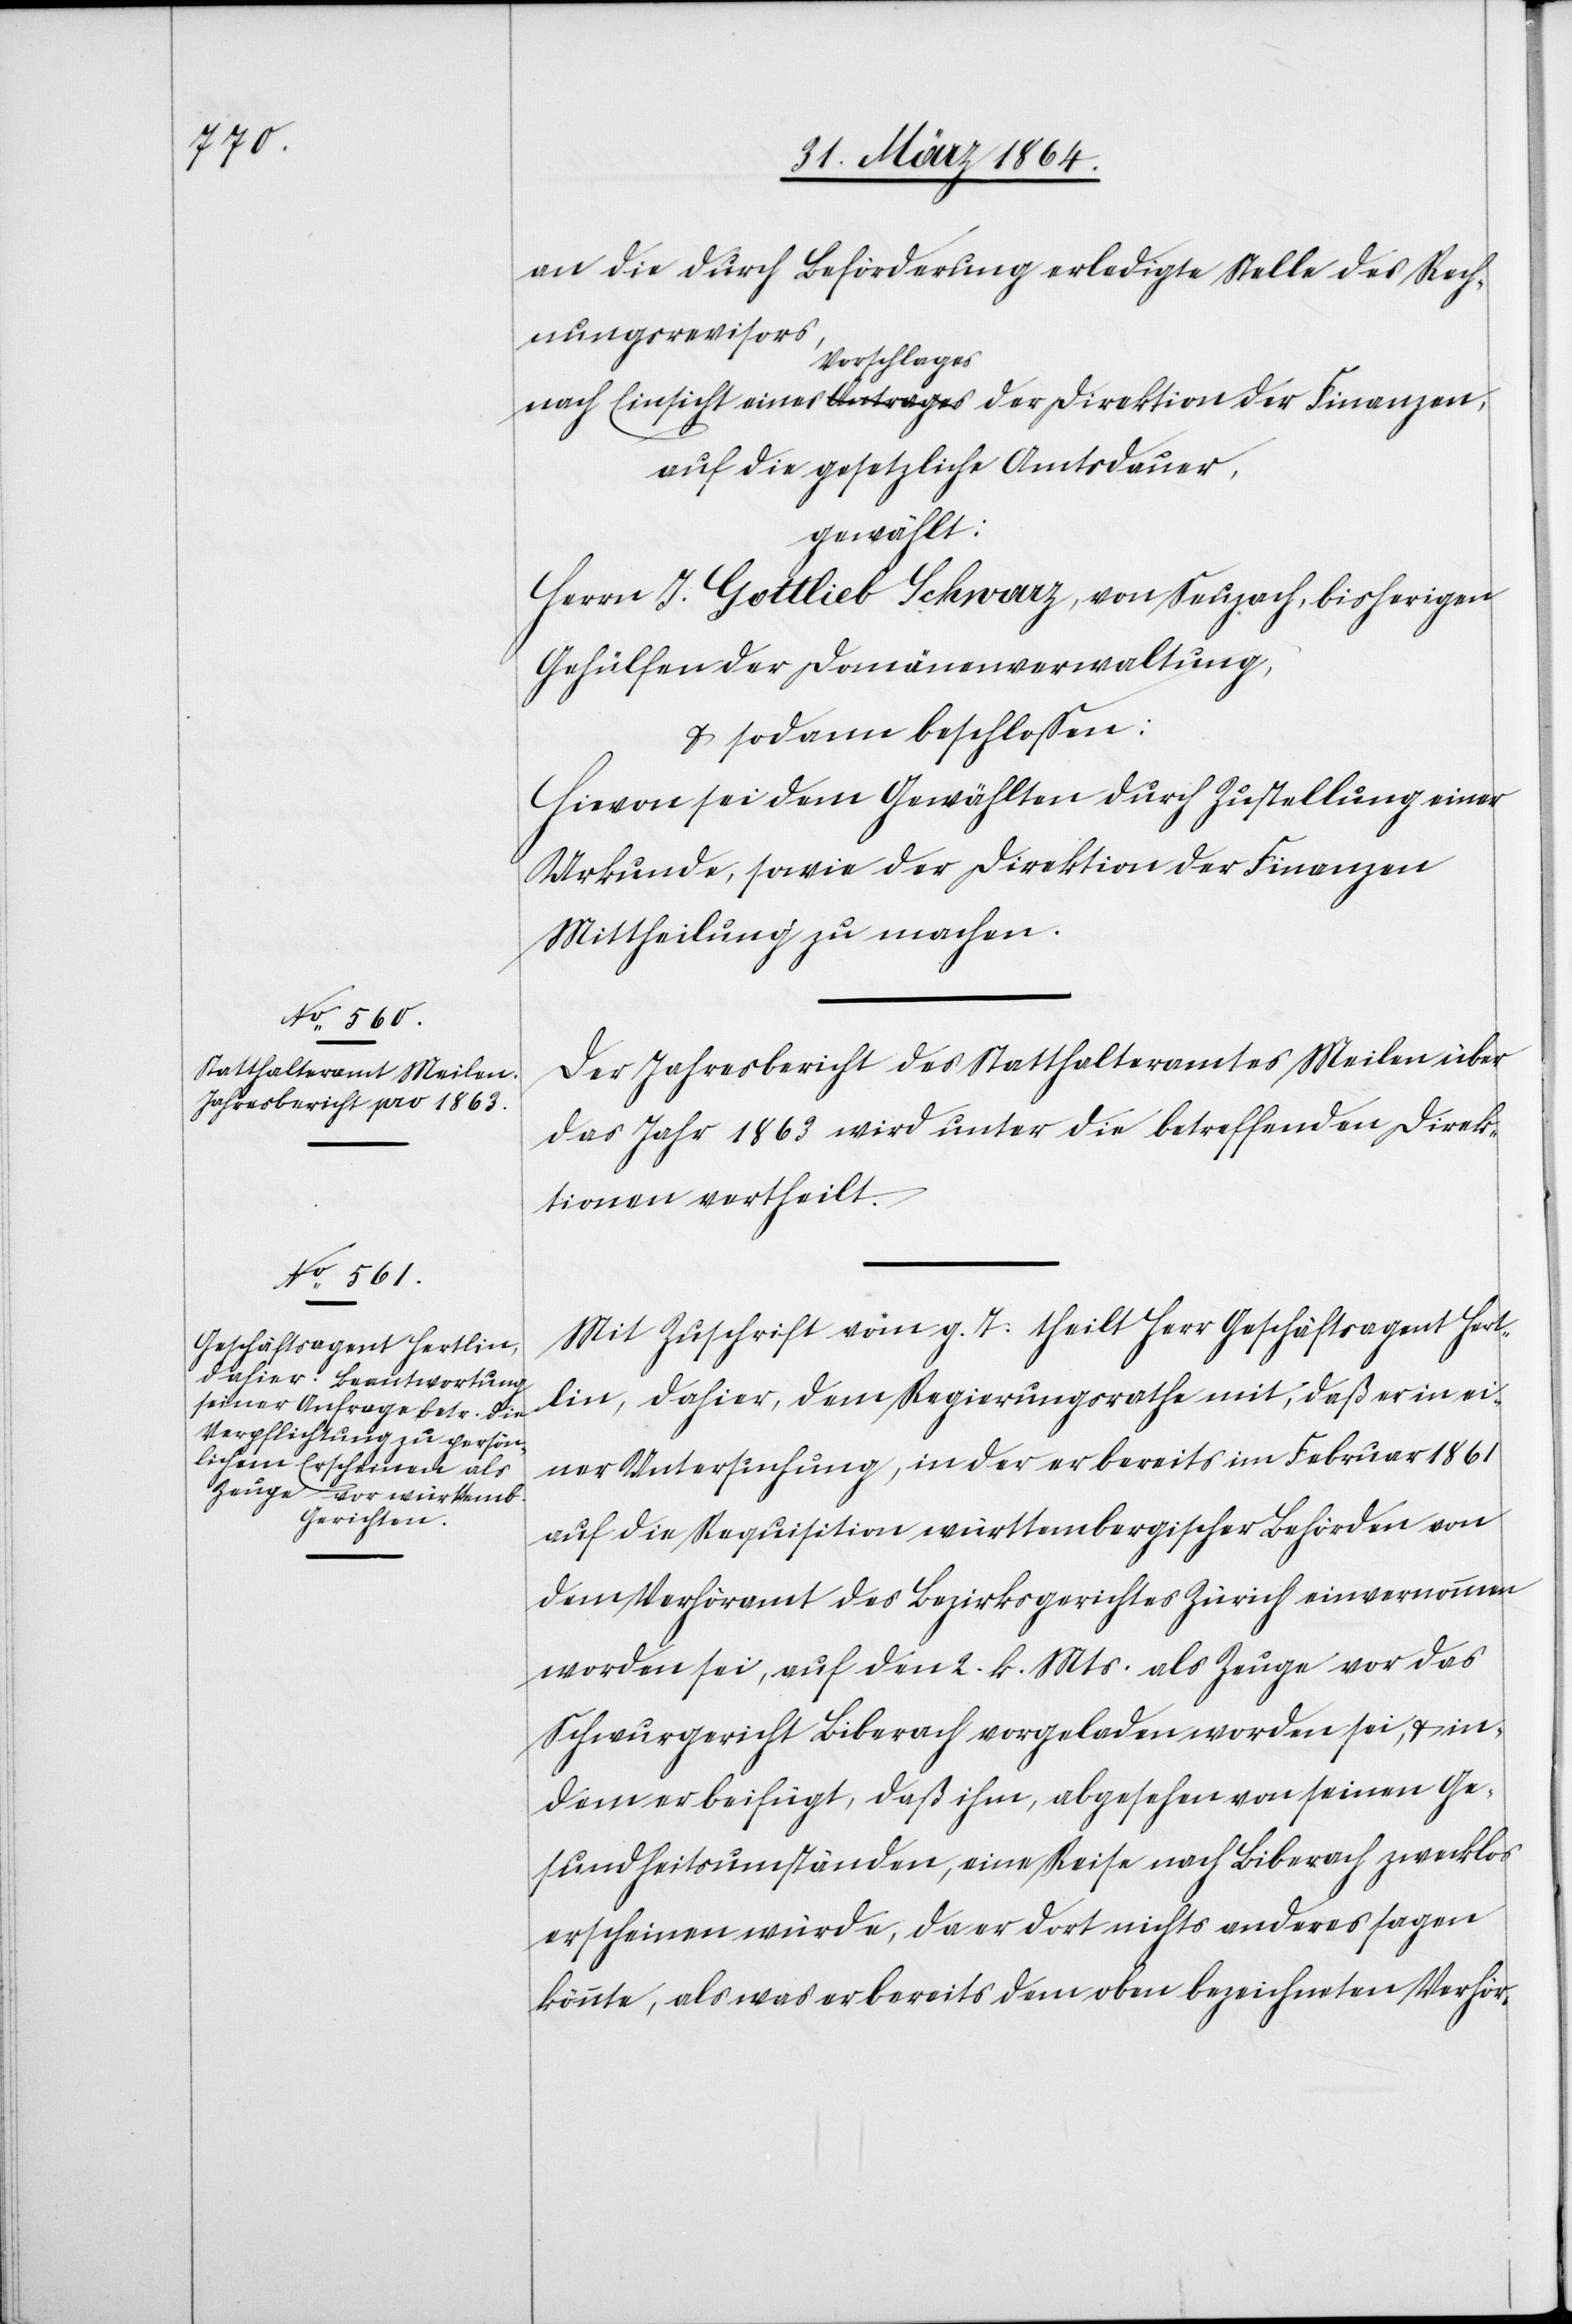
an die durch Beförderung erledigte Stelle des Rech¬
nungsrevisors,
nach Einsicht eines Vorschlages der Direktion der Finanzen,
auf die gesetzliche Amtsdauer,
gewählt:
Herrn J. Gottlieb Schwarz, von Seuzach, bisherigen
Gehülfen der Domänenverwaltung,
u. sodann beschlossen:
Hievon sei dem Gewählten durch Zustellung einer
Urkunde, sowie der Direktion der Finanzen
Mittheilung zu machen.
Der Jahresbericht des Statthalteramtes Meilen über
das Jahr 1863 wird unter die betreffenden Direk¬
tionen vertheilt.
Mit Zuschrift vom g. T. theilt Herr Geschäftsagent Hert¬
lin, dahier, dem Regierungsrathe mit, daß er in ei¬
ner Untersuchung, in der er bereits im Februar 1861
auf die Requisition württembergischer Behörden von
dem Verhöramt des Bezirksgerichtes Zürich einvernommen
worden sei, auf den 2. k. Mts. als Zeuge vor das
Schwurgericht Biberach vorgeladen worden sei, u. in¬
dem er beifügt, daß ihm, abgesehen von seinen Ge¬
sundheitsumständen, eine Reise nach Biberach zwecklos
erscheinen würde, da er dort nichts anderes sagen
könnte, als was er bereits dem oben bezeichneten Verhör-